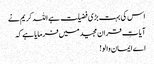
اس کی بہت بڑی فضیلت ہے اللہ کریم نے
آیاتِ قران مجیدمیں فرمایا ہے کہ
اے ایمان والو!